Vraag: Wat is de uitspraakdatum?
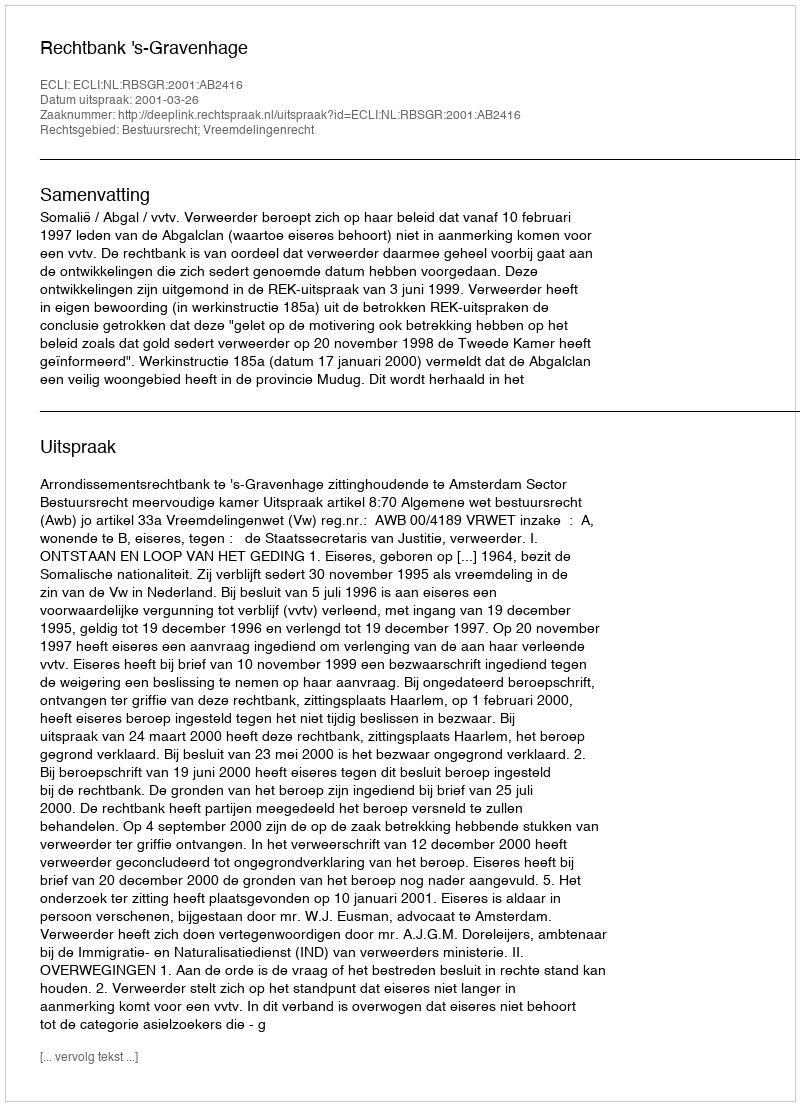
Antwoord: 2001-03-26